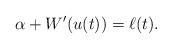
LaTeX: \begin{align*} \alpha+W'(u(t))=\ell(t).\end{align*}